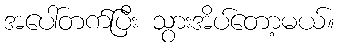
အပေါ်တက်ပြီး သွားအိပ်တော့မယ်။